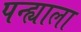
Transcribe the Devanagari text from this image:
पन्ह्याला